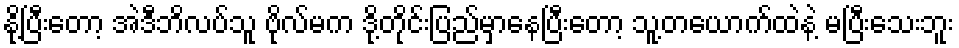
နို့ပြီးတော့ အဲဒီဘိလပ်သူ ဗိုလ်မက ဒို့တိုင်းပြည်မှာနေပြီးတော့ သူ့တယောက်ထဲနဲ့ မပြီးသေးဘူး